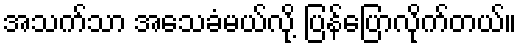
အသက်သာ အသေခံမယ်လို့ ပြန်ပြောလိုက်တယ်။